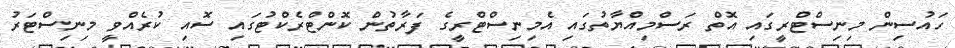
ހައުސިން މިނިސްޓްރީގައި އޮތް ރަސްމިއްޔާތުގައި އެމިނިސްޓްރީގެ ފަރާތުން ކޮންޓްރެކްޓުގައި ސޮއި ކުރެއްވީ މިނިސްޓަރު